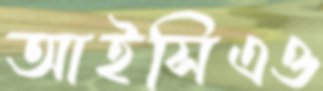
আইসিএও